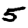
Digit: 5